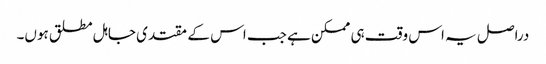
دراصل یہ اس وقت ہی ممکن ہے جب اس کے مقتدی جاہل مطلق ہوں۔